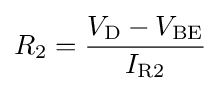
R_{\text{2}}={\frac {V_{\text{D}}-V_{\text{BE}}}{I_{\text{R2}}}}